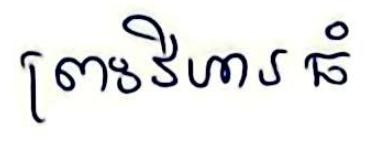
ព្រះវិហារធំ